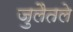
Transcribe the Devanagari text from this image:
जुलैतले